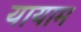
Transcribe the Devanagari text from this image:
यायाम